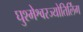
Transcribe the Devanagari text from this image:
घुश्मेश्वरज्योतिर्लिंग